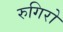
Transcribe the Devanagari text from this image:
रुगिरो